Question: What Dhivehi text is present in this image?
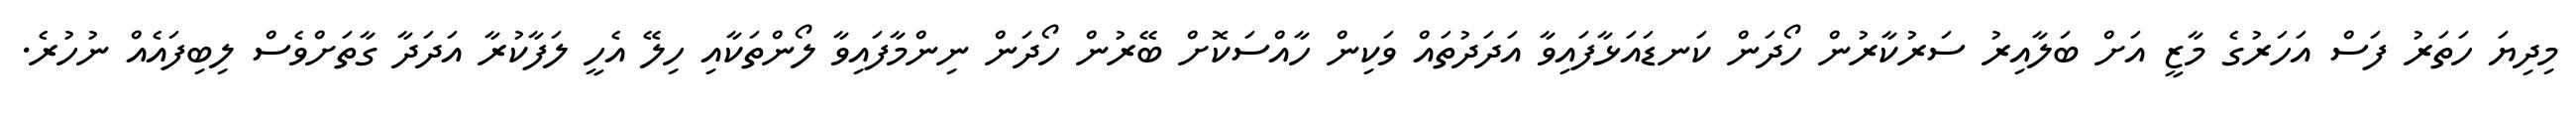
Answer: މިދިޔަ ހަތަރު ފަސް އަހަރުގެ މާޒީ އަށް ބަލާއިރު ސަރުކާރުން ހޯދަން ކަނޑައަޅާފައިވާ އަދަދުތައް ވަކިން ހާއްސަކޮށް ބޭރުން ހޯދަން ނިންމާފައިވާ ލޯންތަކާއި ހިލޭ އެހީ ލަފާކުރާ އަދަދާ ގާތަށްވެސް ލިބިފައެއް ނުހުރެ.